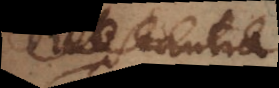
Substantia